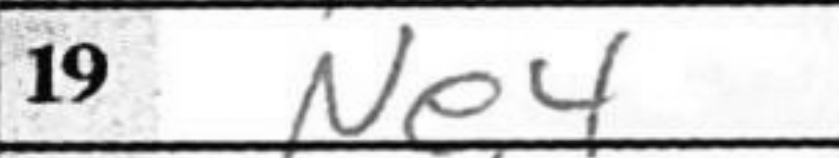
Transcription: Ne4